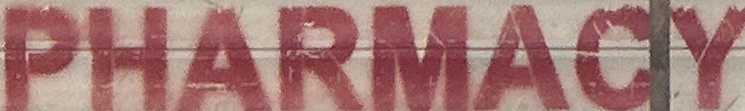
PHARMACY